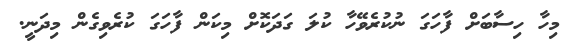
މިހާ ހިސާބަށް ފާހަގަ ނުކުރެވޭހާ ކުލަ ގަދަކޮށް މިކަން ފާހަގަ ކުރެވިގެން މިދަނީ.